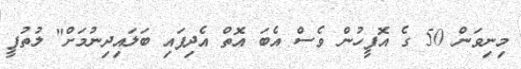
މިނިވަން 50 ގެ އޮފީހުން ވެސް އެބަ އޮތް އެދިފައި ބަލައިދިނުމަށް" ލުތުފީ